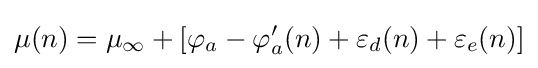
\mu (n)=\mu _{\infty }+[\varphi _{a}-\varphi _{a}'(n)+\varepsilon _{d}(n)+\varepsilon _{e}(n)]